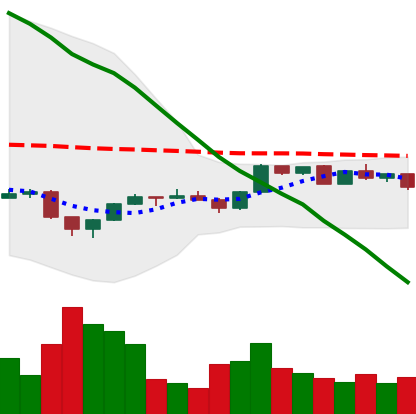
Ticker: ETH-USD
Chart end date: 2022-12-07
Forward return: 3.423%
Label: up_3_5